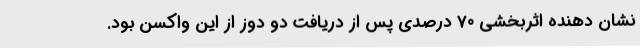
نشان دهنده اثربخشی 70 درصدی پس از دریافت دو دوز از این واکسن بود.